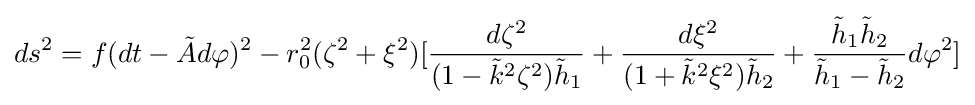
ds^{2}=f(dt-{\tilde {A}}d\varphi )^{2}-r_{0}^{2}(\zeta ^{2}+\xi ^{2})[{\frac {d\zeta ^{2}}{(1-{\tilde {k}}^{2}\zeta ^{2}){\tilde {h}}_{1}}}+{\frac {d\xi ^{2}}{(1+{\tilde {k}}^{2}\xi ^{2}){\tilde {h}}_{2}}}+{\frac {{\tilde {h}}_{1}{\tilde {h}}_{2}}{{\tilde {h}}_{1}-{\tilde {h}}_{2}}}d\varphi ^{2}]